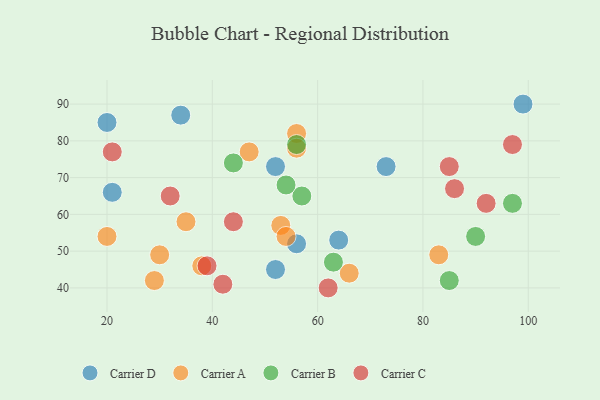
{"axis": {"x": "GDP", "y": "Life Expectancy"}, "legend": ["Carrier A", "Carrier B", "Carrier C", "Carrier D"], "data": [{"x": "20", "y": 85, "type": "Carrier D"}, {"x": "34", "y": 87, "type": "Carrier D"}, {"x": "99", "y": 90, "type": "Carrier D"}, {"x": "64", "y": 53, "type": "Carrier D"}, {"x": "21", "y": 66, "type": "Carrier D"}, {"x": "73", "y": 73, "type": "Carrier D"}, {"x": "52", "y": 45, "type": "Carrier D"}, {"x": "52", "y": 73, "type": "Carrier D"}, {"x": "56", "y": 52, "type": "Carrier D"}, {"x": "20", "y": 54, "type": "Carrier A"}, {"x": "30", "y": 49, "type": "Carrier A"}, {"x": "56", "y": 82, "type": "Carrier A"}, {"x": "47", "y": 77, "type": "Carrier A"}, {"x": "38", "y": 46, "type": "Carrier A"}, {"x": "53", "y": 57, "type": "Carrier A"}, {"x": "54", "y": 54, "type": "Carrier A"}, {"x": "29", "y": 42, "type": "Carrier A"}, {"x": "35", "y": 58, "type": "Carrier A"}, {"x": "56", "y": 78, "type": "Carrier A"}, {"x": "83", "y": 49, "type": "Carrier A"}, {"x": "66", "y": 44, "type": "Carrier A"}, {"x": "57", "y": 65, "type": "Carrier B"}, {"x": "90", "y": 54, "type": "Carrier B"}, {"x": "63", "y": 47, "type": "Carrier B"}, {"x": "54", "y": 68, "type": "Carrier B"}, {"x": "56", "y": 79, "type": "Carrier B"}, {"x": "85", "y": 42, "type": "Carrier B"}, {"x": "44", "y": 74, "type": "Carrier B"}, {"x": "97", "y": 63, "type": "Carrier B"}, {"x": "32", "y": 65, "type": "Carrier C"}, {"x": "62", "y": 40, "type": "Carrier C"}, {"x": "39", "y": 46, "type": "Carrier C"}, {"x": "44", "y": 58, "type": "Carrier C"}, {"x": "85", "y": 73, "type": "Carrier C"}, {"x": "86", "y": 67, "type": "Carrier C"}, {"x": "97", "y": 79, "type": "Carrier C"}, {"x": "42", "y": 41, "type": "Carrier C"}, {"x": "21", "y": 77, "type": "Carrier C"}, {"x": "92", "y": 63, "type": "Carrier C"}]}